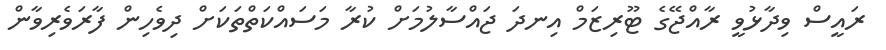
ރައީސް ވިދާޅުވީ ރާއްޖޭގެ ޓޫރިޒަމް އިނދަ ޖައްސާލުމަށް ކުރާ މަސައްކަތްތަކަށް ދިވެހިން ފާރަވެރިވާން